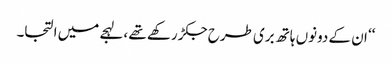
‘‘ ان کے دونوں ہاتھ بری طرح جکڑ رکھے تھے ،لہجے میں التجا۔